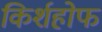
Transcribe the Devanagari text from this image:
किर्शहोफ